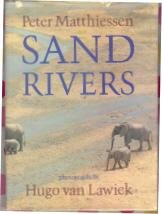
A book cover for Sand Rivers; Peter Matthiessen; Travel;